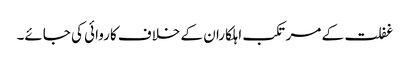
غفلت کے مرتکب اہلکاران کے خلاف کاروائی کی جائے۔